Regulations for the medical services of the Army of India
Year: 1930
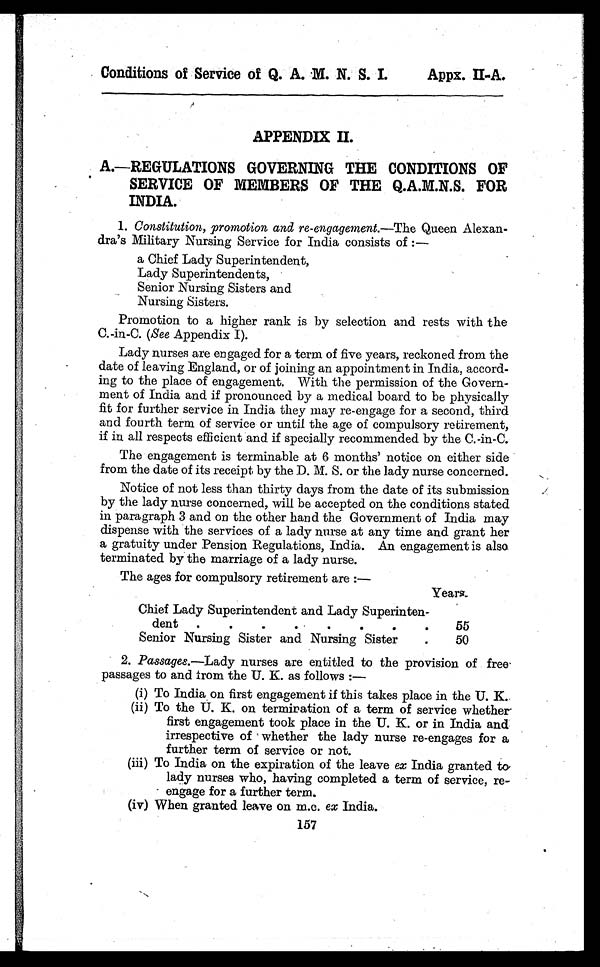
Conditions of Service of Q. A. M. N. S. I.
Appx. II-A.
APPENDIX II.
A.—REGULATIONS GOVERNING THE CONDITIONS OF
SERVICE OF MEMBERS OF THE Q.A.M.N.S. FOR
INDIA.
1. Constitution, promotion and re-engagement.—The Queen Alexan-
dra's Military Nursing Service for India consists of :
—
a Chief Lady Superintendent,
Lady Superintendents,
Senior Nursing Sisters and
Nursing Sisters.
Promotion to a higher rank is by selection and rests with the
C.-in-C. (See Appendix I).
Lady nurses are engaged for a term of five years, reckoned from the
date of leaving England, or of joining an appointment in India, accord-
ing to the place of engagement. With the permission of the Govern-
ment of India and if pronounced by a medical board to be physically
fit for further service in India they may re-engage for a second, third
and fourth term of service or until the age of compulsory retirement,
if in all respects efficient and if specially recommended by the C.-in-C.
The engagement is terminable at 6 months' notice on either side
from the date of its receipt by the D. M. S. or the lady nurse concerned.
Notice of not less than thirty days from the date of its submission
by the lady nurse concerned, will be accepted on the conditions stated
in paragraph 3 and on the other hand the Government of India may
dispense with the services of a lady nurse at any time and grant her
a gratuity under Pension Regulations, India. An engagement is also
terminated by the marriage of a lady nurse.
The ages for compulsory retirement are :—
Years_
Chief Lady Superintendent and Lady Superinten-
dent.
.
55
Senior Nursing Sister and Nursing Sister.
5 0
2. Passages.—Lady nurses are entitled to the provision of free
passages to and from the U. K. as follows :—
(i)To India on first engagement if this takes place in the U. K.
(ii)To the U. K. on termination of a term of service whether.
first engagement took place in the U. K. or in India and
irrespective of whether the lady nurse re-engages for a
further term of service or not.
(iii)To India on the expiration of the leave ex India granted to
lady nurses who, having completed a term of service, re-
engage for a further term.
(iv)When granted leave on m.c. ex India.
157